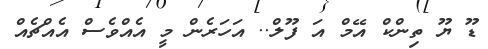
ޑޫ ޔޫ ތިންކް އޭމް އަ ފޫލް.. އަހަރެން މީ އެއްވެސް އެއްޗެއް